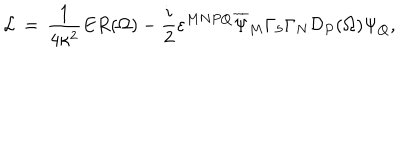
{ \cal L } \, = \, \frac { 1 } { 4 \kappa ^ { 2 } } E R ( \Omega ) - \frac { i } { 2 } \varepsilon ^ { M N P Q } \overline { { { \Psi } } } _ { M } \Gamma _ { 5 } \Gamma _ { N } { \cal D } _ { P } ( \Omega ) \Psi _ { Q } ,